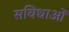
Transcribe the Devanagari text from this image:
सविधाओं